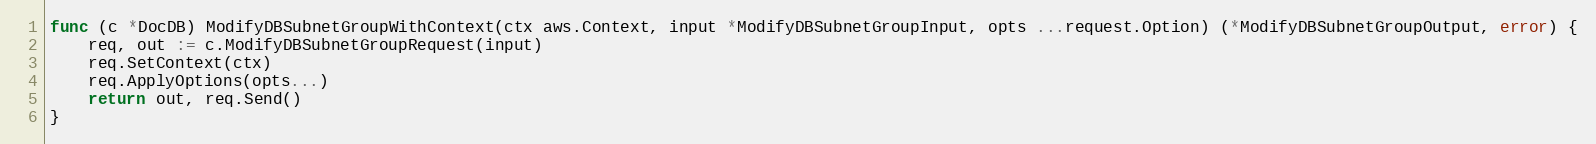
Language: Go
func (c *DocDB) ModifyDBSubnetGroupWithContext(ctx aws.Context, input *ModifyDBSubnetGroupInput, opts ...request.Option) (*ModifyDBSubnetGroupOutput, error) {
	req, out := c.ModifyDBSubnetGroupRequest(input)
	req.SetContext(ctx)
	req.ApplyOptions(opts...)
	return out, req.Send()
}